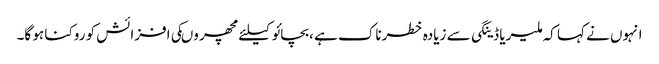
انہوں نے کہا کہ ملیریا ڈینگی سے زیادہ خطرناک ہے ،بچائو کیلئے مچھر وںکی افزائش کو روکنا ہو گا۔